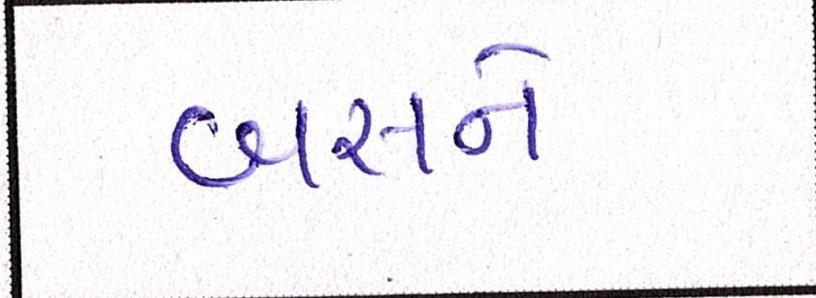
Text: બસને